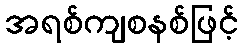
အရစ်ကျစနစ်ဖြင့်